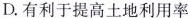
D.有利于提高土地利用率